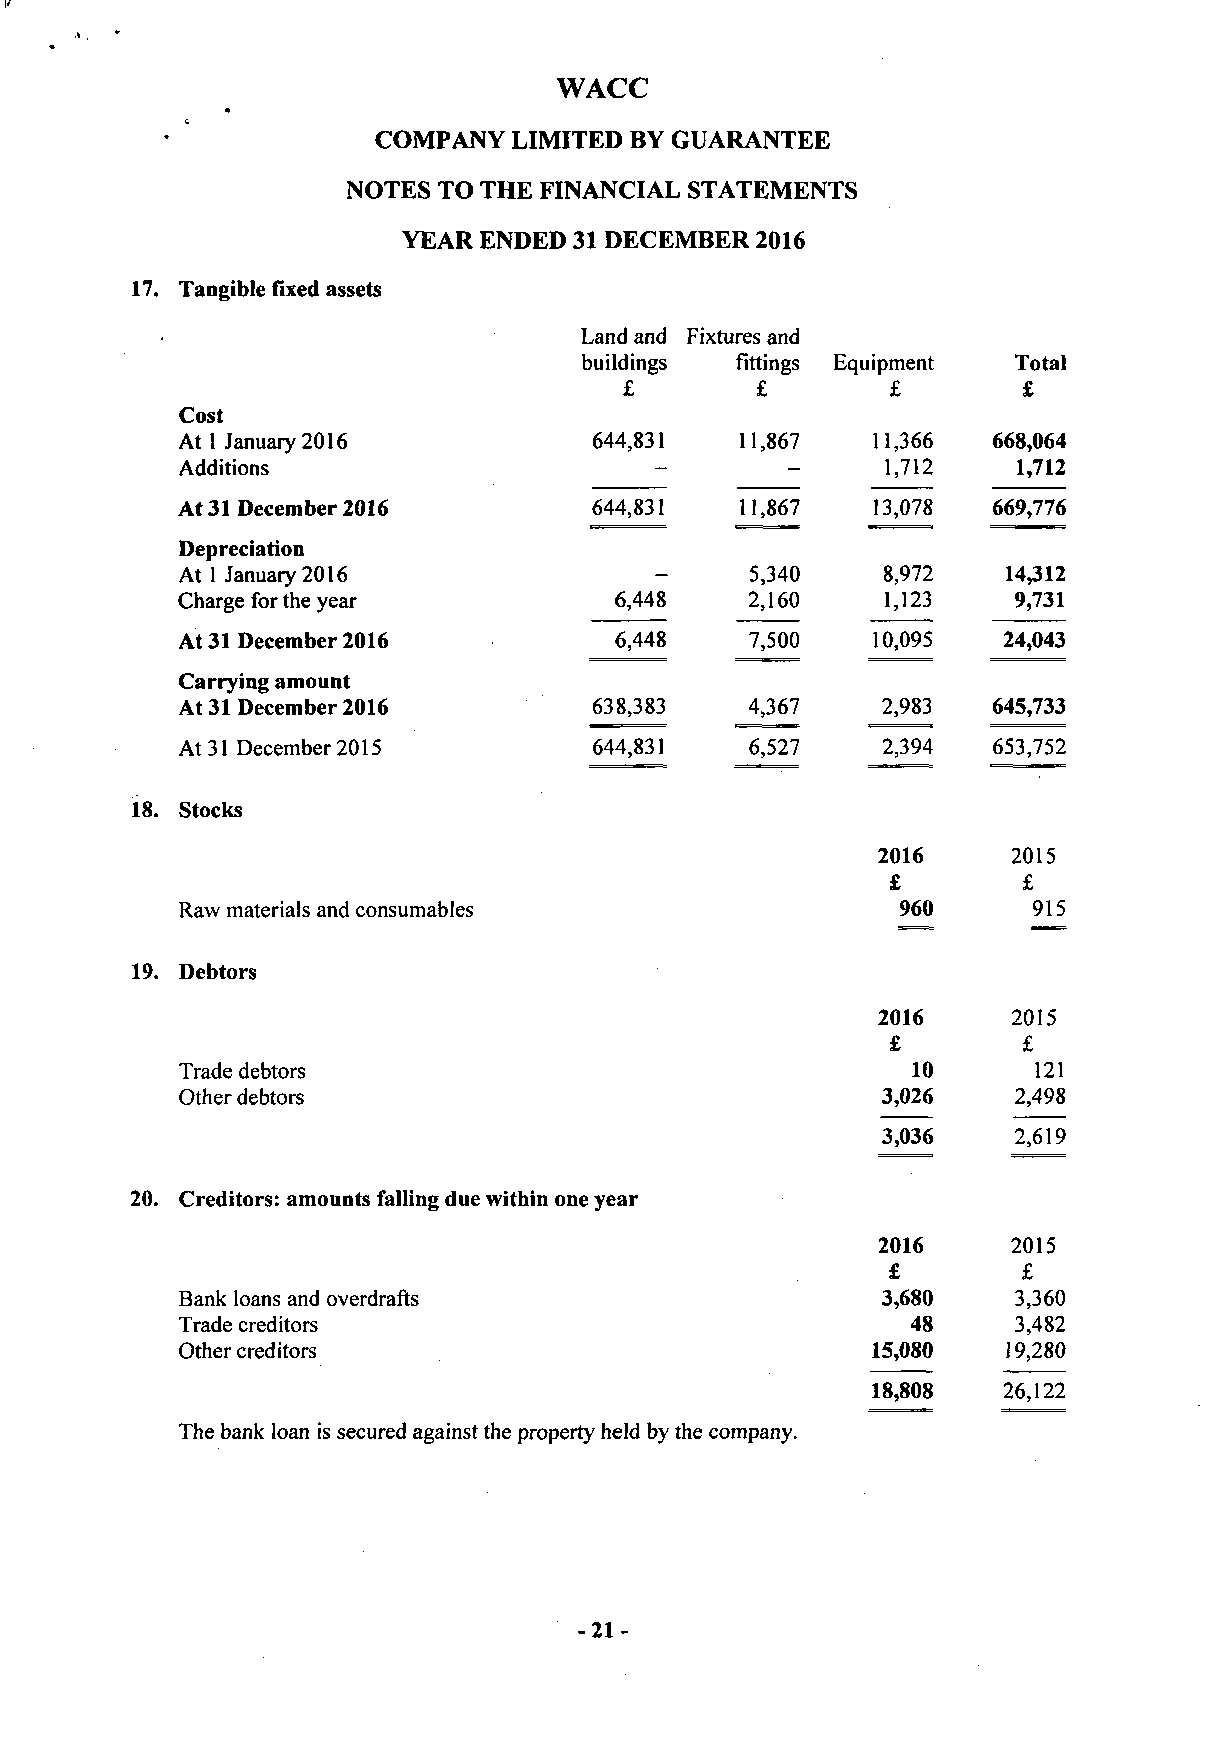
WACC
 COMPANY  LIMITED BY GUARANTEE
 NOTES TO THE FINANCIAL STATEMENTS
 YEAR ENDED 31 DECEMBER 2016
 17. Tangible fixed assets
 Land and Fixtures and
 buildings fittings Equipment Total
 £        £        £        £
 Cost
 At 1 January 2016                    11,867   11,366  668,064
 644,831
 Additions                                      1,712   1,712
 At 31 December 2016                  11,867   13,078  669,776
 644,831
 Depreciation
 At 1 January 2016                     5,340   8,972    14,312
 Charge for the year          6,448    2,160    1,123   9,731
 At 31 December 2016          6,448    7,500   10,095  24,043
 Carrying amount
 At 31 December 2016        638,383    4,367   2,983   645,733
 At 31 December 2015        644,831    6,527   2,394   653,752
 18. Stocks
 2016     2015
 £        £
 Raw materials and consumables                   960     915
 19. Debtors
 2016     2015
 £        £
 Trade debtors                                   10      121
 Other debtors                                 3,026    2,498
 3,036    2,619
 20. Creditors: amounts falling due within one year
 2016     2015
 £        £
 Bank loans and overdrafts                     3,680    3,360
 Trade creditors                                 48     3,482
 Other creditors                               15,080   19,280
 18,808  26,122
 The bank loan is secured against the property held by the company.
 -21-